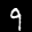
Label: 9